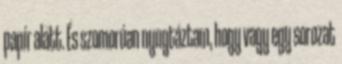
papír alatt. És szomorúan nyugtáztam, hogy vagy egy sorozat